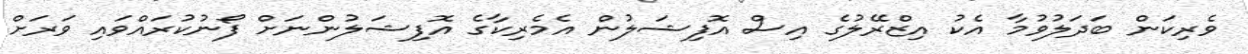
ވެރިކަން ބަދަލުވުމާ އެކު އިޒްރޭލުގެ އިސް އޮފިޝަލުން އެމެރިކާގެ އޮފިޝަލުންނަށް ފޯނުކުރައްވައި ވަރަށް